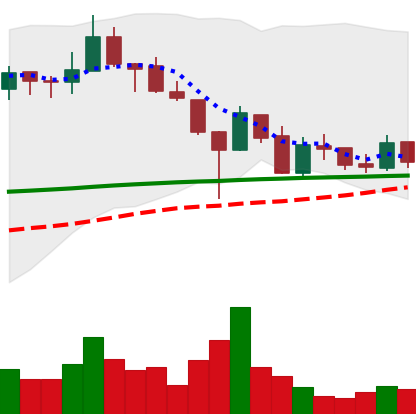
Ticker: LINK-USD
Chart end date: 2019-02-06
Forward return: 7.465%
Label: up_7plus